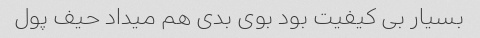
بسیار بی کیفیت بود بوی بدی هم میداد حیف پول